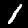
Digit: 1